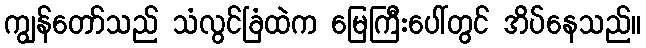
ကျွန်တော်သည် သံလွင်ခြံထဲက မြေကြီးပေါ်တွင် အိပ်နေသည်။